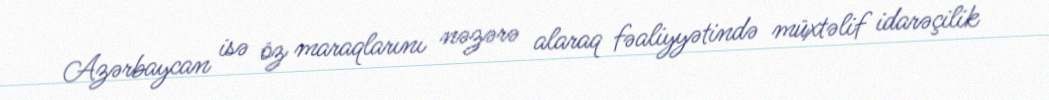
Azərbaycan isə öz maraqlarını nəzərə alaraq fəaliyyətində müxtəlif idarəçilik